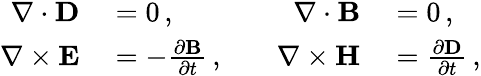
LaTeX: \begin{array}{rlrl}{\nabla\cdot{\mathbf D}}&{{}=0\, ,\quad}&{\nabla\cdot{\mathbf B}}&{{}=0\, ,}\\ {\nabla\times{\mathbf E}}&{{}=-\frac{\partial{\mathbf B}}{\partial t}\, ,\quad}&{\nabla\times{\mathbf H}}&{{}=\frac{\partial{\mathbf D}}{\partial t}\, ,}\end{array}